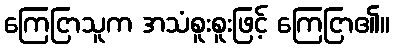
ကြေငြာသူက အသံစူးစူးဖြင့် ကြေငြာ၏။